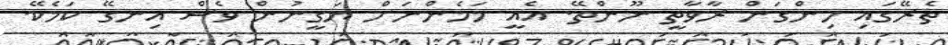
ތެރޭގައި ހިންގަން ރާވާތީ ނޫންތޭ. އެއީ މަމެންނަށް ޔަގީނުން ވެސް އިނގޭ ކަމެކޭ.